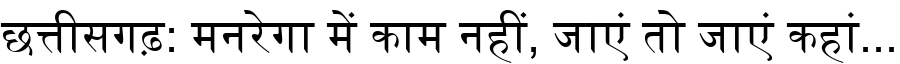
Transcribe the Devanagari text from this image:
छत्तीसगढ़: मनरेगा में काम नहीं, जाएं तो जाएं कहां...